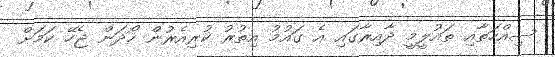
ސިއްހަތާއި ތައުލީމީ ދާއިރާގައި އެ ގައުމު އިތުރު ކުރިއެރުން ހޯދަން ޖެހޭ ކަމަށް